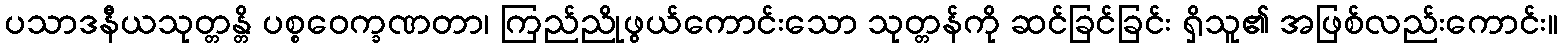
ပသာဒနီယသုတ္တန္တိ ပစ္စဝေက္ခဏတာ၊ ကြည်ညိုဖွယ်ကောင်းသော သုတ္တန်ကို ဆင်ခြင်ခြင်း ရှိသူ၏ အဖြစ်လည်းကောင်း။